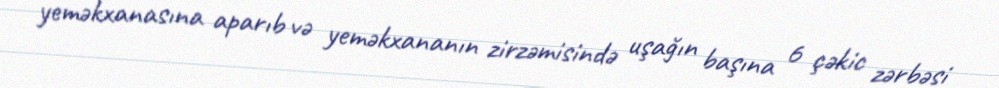
yeməkxanasına aparıb və yeməkxananın zirzəmisində uşağın başına 6 çəkic zərbəsi